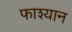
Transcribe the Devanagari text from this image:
फाश्यान